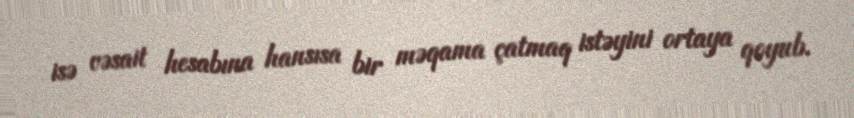
isə vəsait hesabına hansısa bir məqama çatmaq istəyini ortaya qoyub.